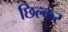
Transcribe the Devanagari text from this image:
छिल्कर